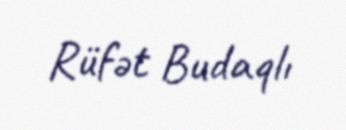
Rüfət Budaqlı